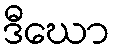
ဒီဃော